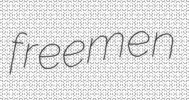
freemen